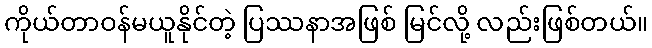
ကိုယ်တာဝန်မယူနိုင်တဲ့ ပြဿနာအဖြစ် မြင်လို့ လည်းဖြစ်တယ်။